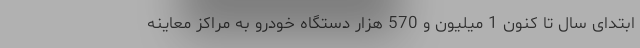
ابتدای سال تا کنون 1 میلیون و 570 هزار دستگاه خودرو به مراکز معاینه